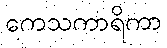
ကေသကာရိကာ